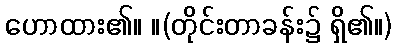
ဟောထား၏။ ။(တိုင်းတာခန်း၌ ရှိ၏။)